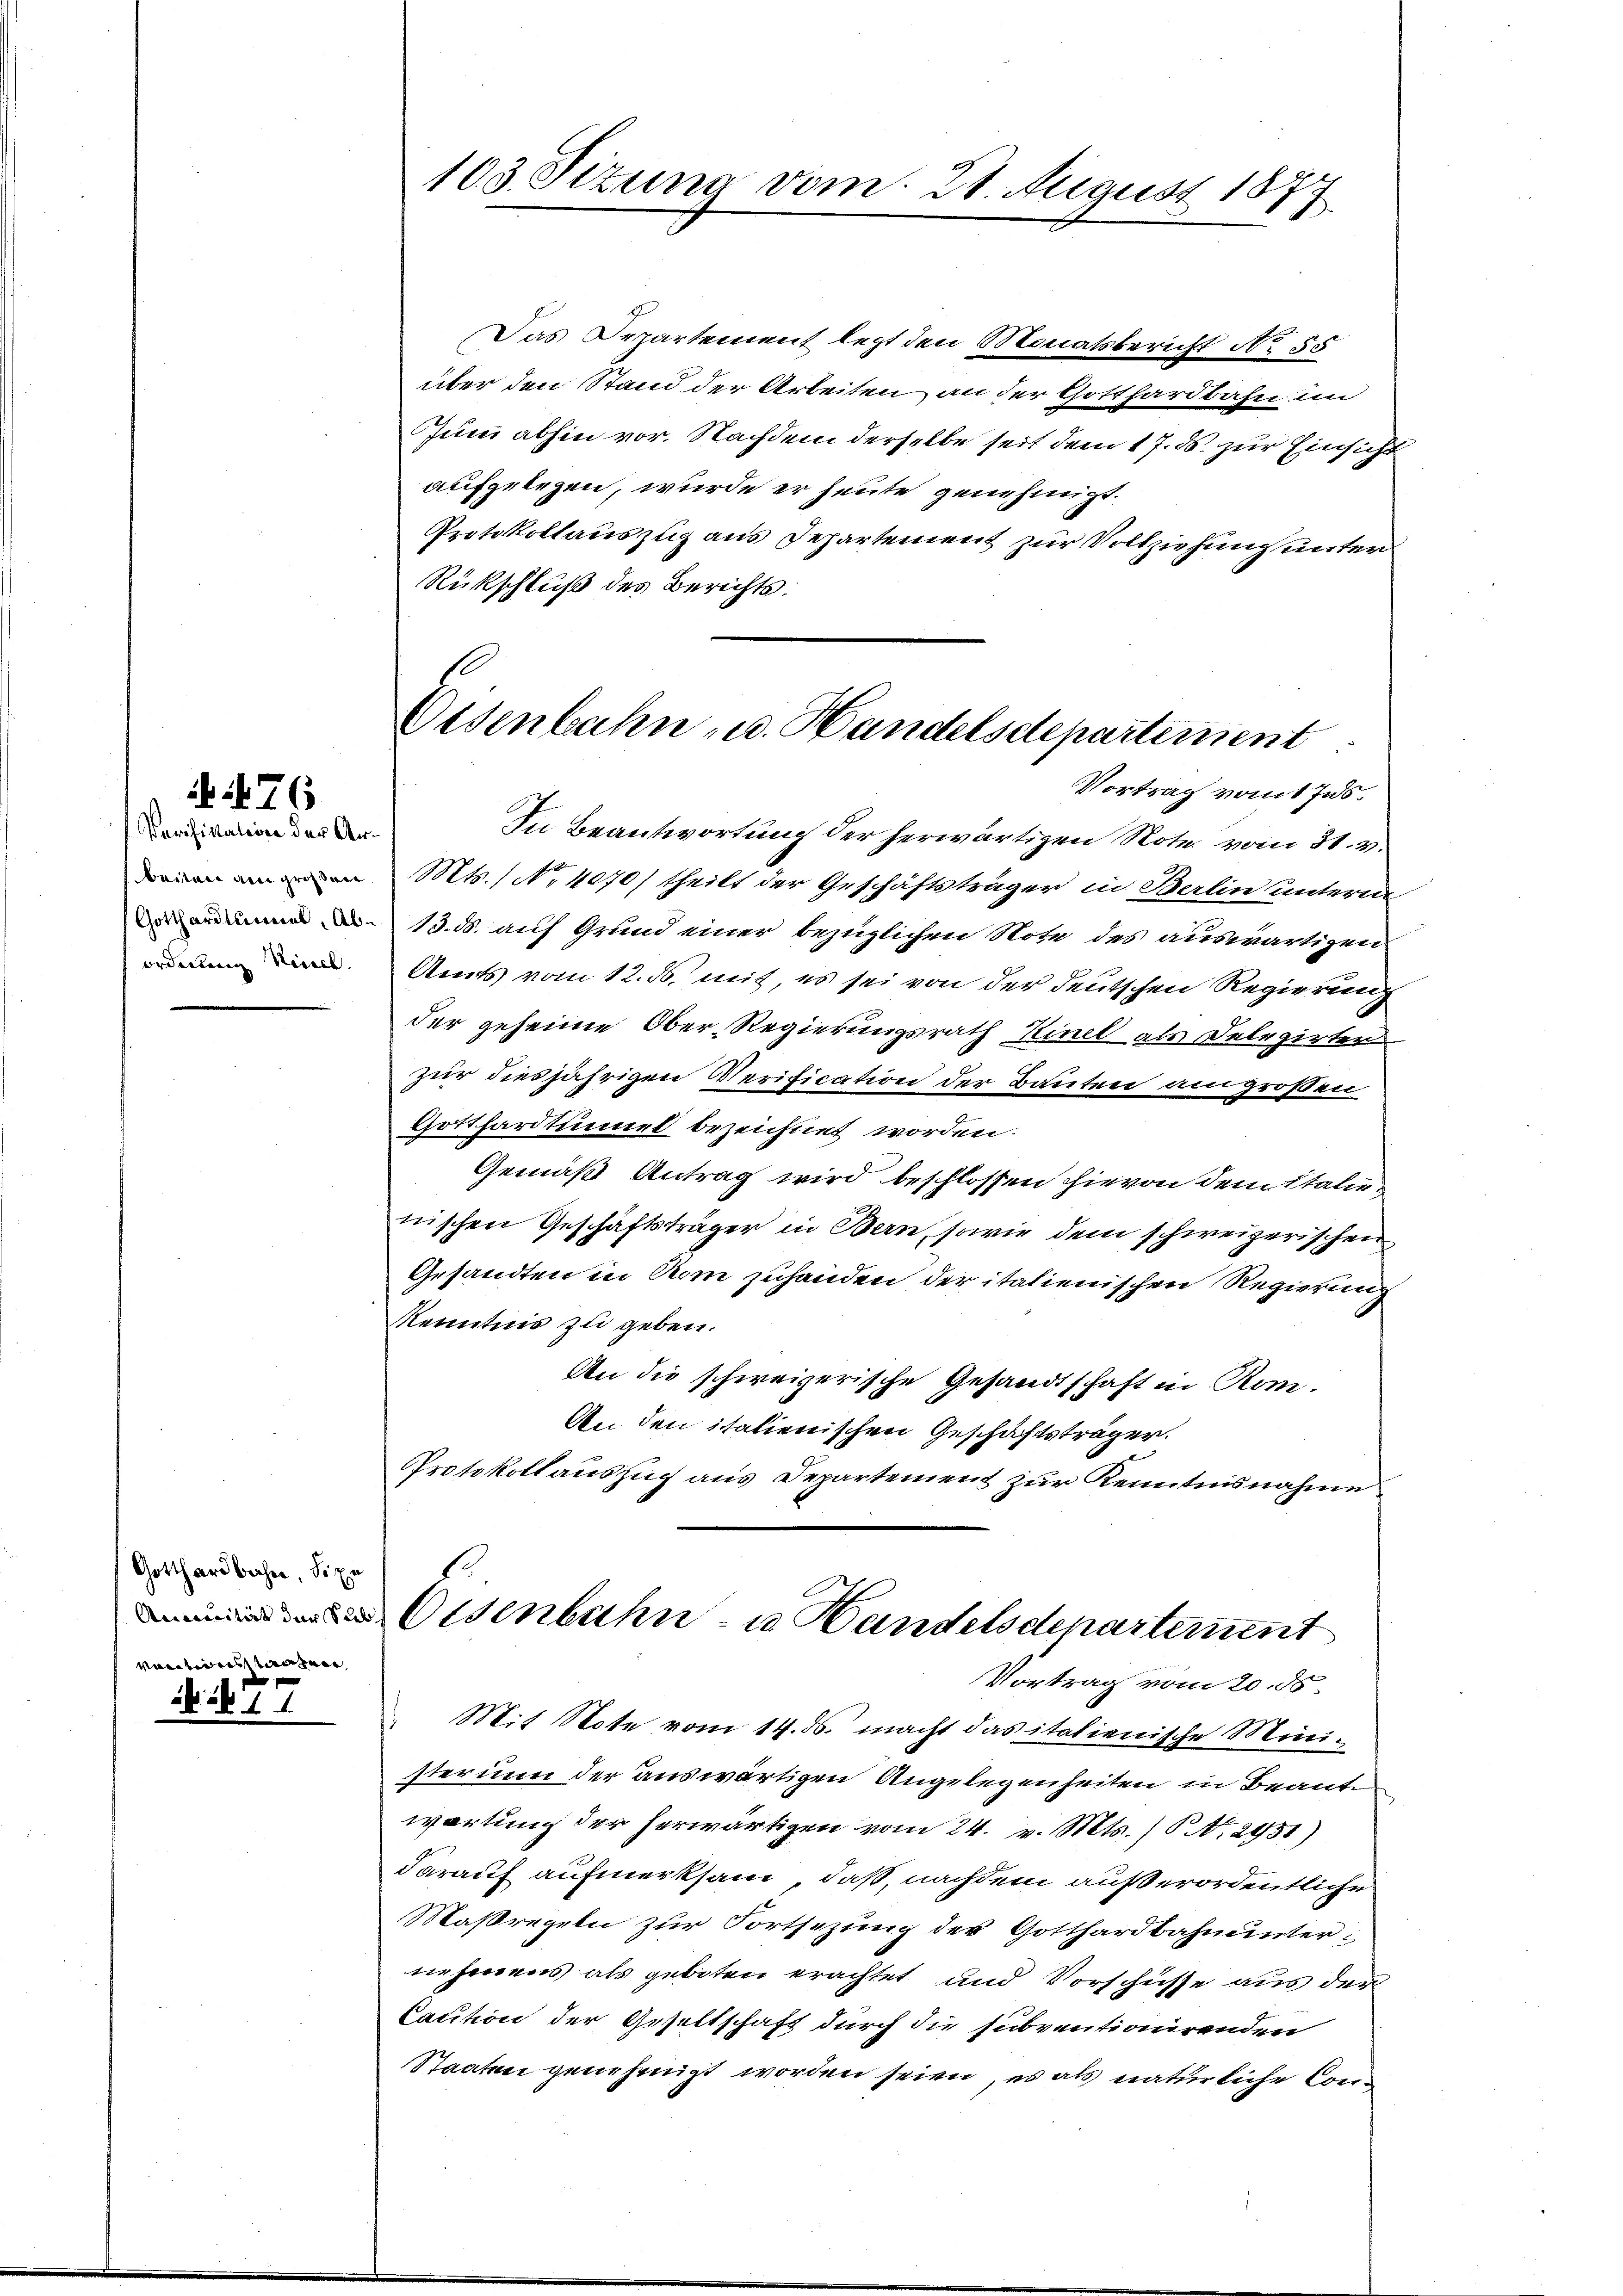
Perisistation der Arordenberg Viell.

76

Gotthardbahn, Sie
vantii erstaaten

ab 11

103. Sizung vom 21. August 181
1.

Eisenbahn u. Handelsdepartement
Vortrag vom Ins

Das Departement legt den Monatsbericht No. 55
über den Stand der Arbeiten an der Gotthardbahn im
Zum abhin vor. Nachdem derselbe seit dem 17. ds. zur Einsicht
aufgelegen, wurde er heute genehmigt.
Protokollauszug aus Departement zur Vollziehung unter
Rückschluß des Berichts.
In Beantwortung der herwärtigen Note vom 31. v.
 Mts. 1 No 4070/ theilt der Geschäftsträger in Berlin unterne
.13. d. auf Grund einer bezüglichen Note des auswärtigen
Amts vom 12. ds. mit, es sei von der deutschen Regierung
der geheime Ober-Regierungsrath Kinel als Delegirter
zur diesjährigen Verification der Bauten am großen
Gotthardtumiert bezeichnet worden.
Gemäß Antrag wird beschlossen hievon dem Italienischen Geschäftsträger in Bern, sowie dem schweizerischen
Gesandten in Rom zuhanden der italienischen Regierung
Kenntnis zu geben.
An die schweizerische Gesandtschaft in Rom.
An den italienischen Geschäftsträger.
Protokollauszug aus Departement zur Kenntnisnahme
isenbahn- u. Handelsdepartement
Vortrag vom 20. ds.
Mit Note vom 14. ds. macht das italienische Ministerium der auswärtigen Angelegenheiten in Beante
wartung der herwärtigen vom 24. v. Mts. (T. No. 2951)
darauf aufmerksam, daß, nachdem außerordentliche
Maßregeln zur Fortsezung des Gotthardbahnunternehmens als geboten erachtet und Vorschüsse aus der
Caution der Geseltschaft durch die subventionirenden
Staaten genehmigt worden seien, es als natürliche Con¬